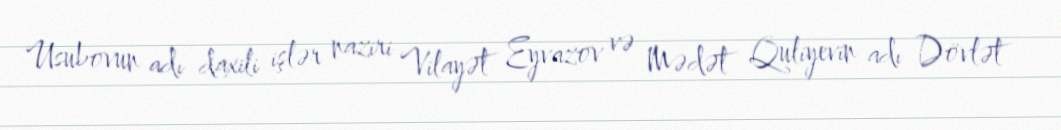
Usubovun adı daxili işlər naziri Vilayət Eyvazov və Mədət Quliyevin adı Dövlət